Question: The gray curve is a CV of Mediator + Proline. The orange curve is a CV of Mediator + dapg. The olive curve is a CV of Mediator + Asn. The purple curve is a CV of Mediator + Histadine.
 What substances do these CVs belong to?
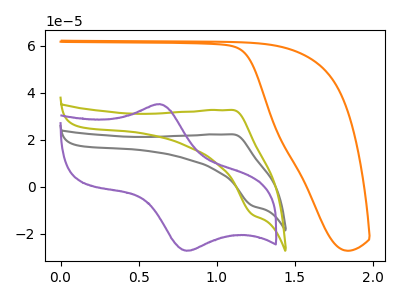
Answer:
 <answer>The gray curve is labeled "Mediator + Proline". The orange curve is labeled "Mediator + dapg". The olive curve is labeled "Mediator + Asn". The purple curve is labeled "Mediator + Histadine".</answer>
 <eval></eval>